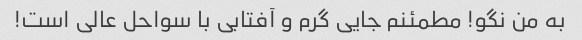
به من نگو! مطمئنم جایی گرم و آفتابی با سواحل عالی است!